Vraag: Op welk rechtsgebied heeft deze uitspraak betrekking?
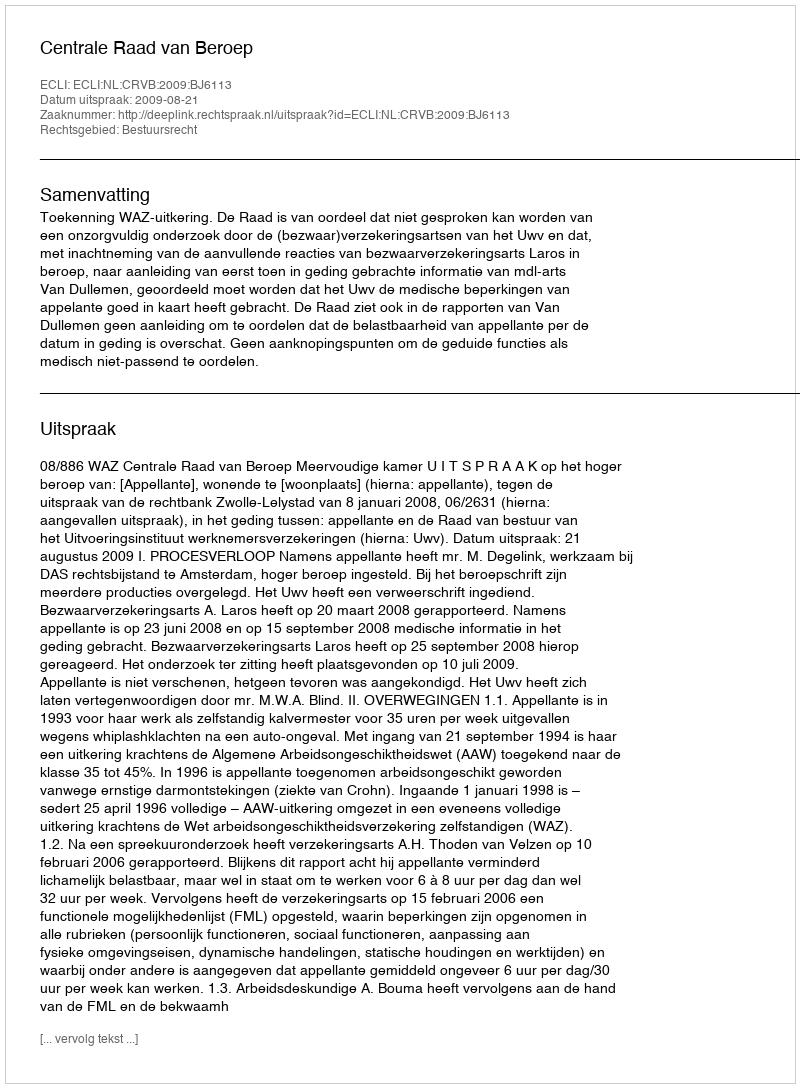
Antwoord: Bestuursrecht